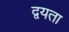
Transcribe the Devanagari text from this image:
द्वयता